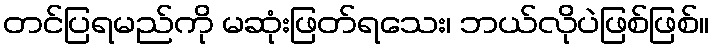
တင်ပြရမည်ကို မဆုံးဖြတ်ရသေး၊ ဘယ်လိုပဲဖြစ်ဖြစ်။